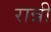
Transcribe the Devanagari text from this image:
रान्नी